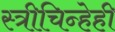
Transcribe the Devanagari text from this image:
स्त्रीचिन्हेही